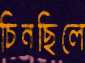
চিনছিলে